Document type: Emphyteutic lease
Year: 1316
Scribe: Berenguer de Vallseca
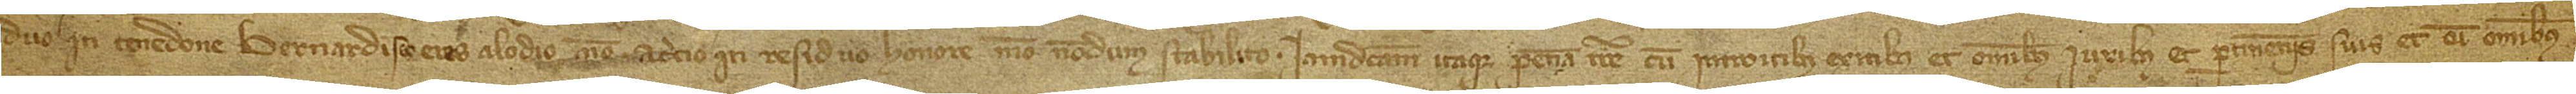
duo in tenedone Bernardi ses Eres, alodio meo; a circio in residuo honore meo nondum stabilito. Iamdictam itaque peciam terre, cum introitibus, exitibus et omnibus iuribus et pertinenciis suis, et cum omnibus